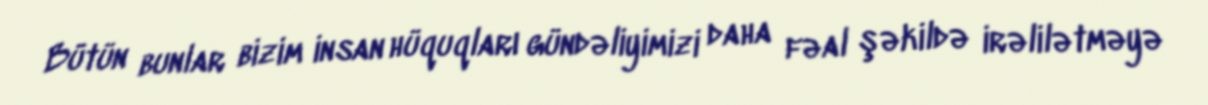
Bütün bunlar bizim insan hüquqları gündəliyimizi daha fəal şəkildə irəlilətməyə